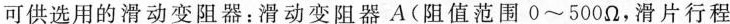
可供选用的滑动变阻器：滑动变阻器A(阻值范围0~500Ω，滑片行程